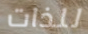
للذات